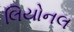
લિયોનલ